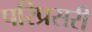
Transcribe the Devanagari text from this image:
परिप्रसरी